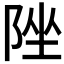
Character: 𨹫